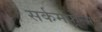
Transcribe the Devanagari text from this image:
सर्कमफ़्रेन्स